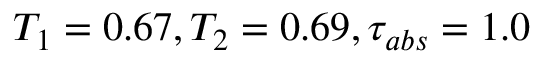
T _ { 1 } = 0 . 6 7 , T _ { 2 } = 0 . 6 9 , \tau _ { a b s } = 1 . 0